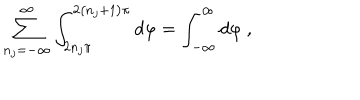
LaTeX: \sum _ { n _ { j } = - \infty } ^ { \infty } \int _ { 2 n _ { j } \pi } ^ { 2 \left( n _ { j } + 1 \right) \pi } d \varphi = \int _ { - \infty } ^ { \infty } d \varphi \ ,